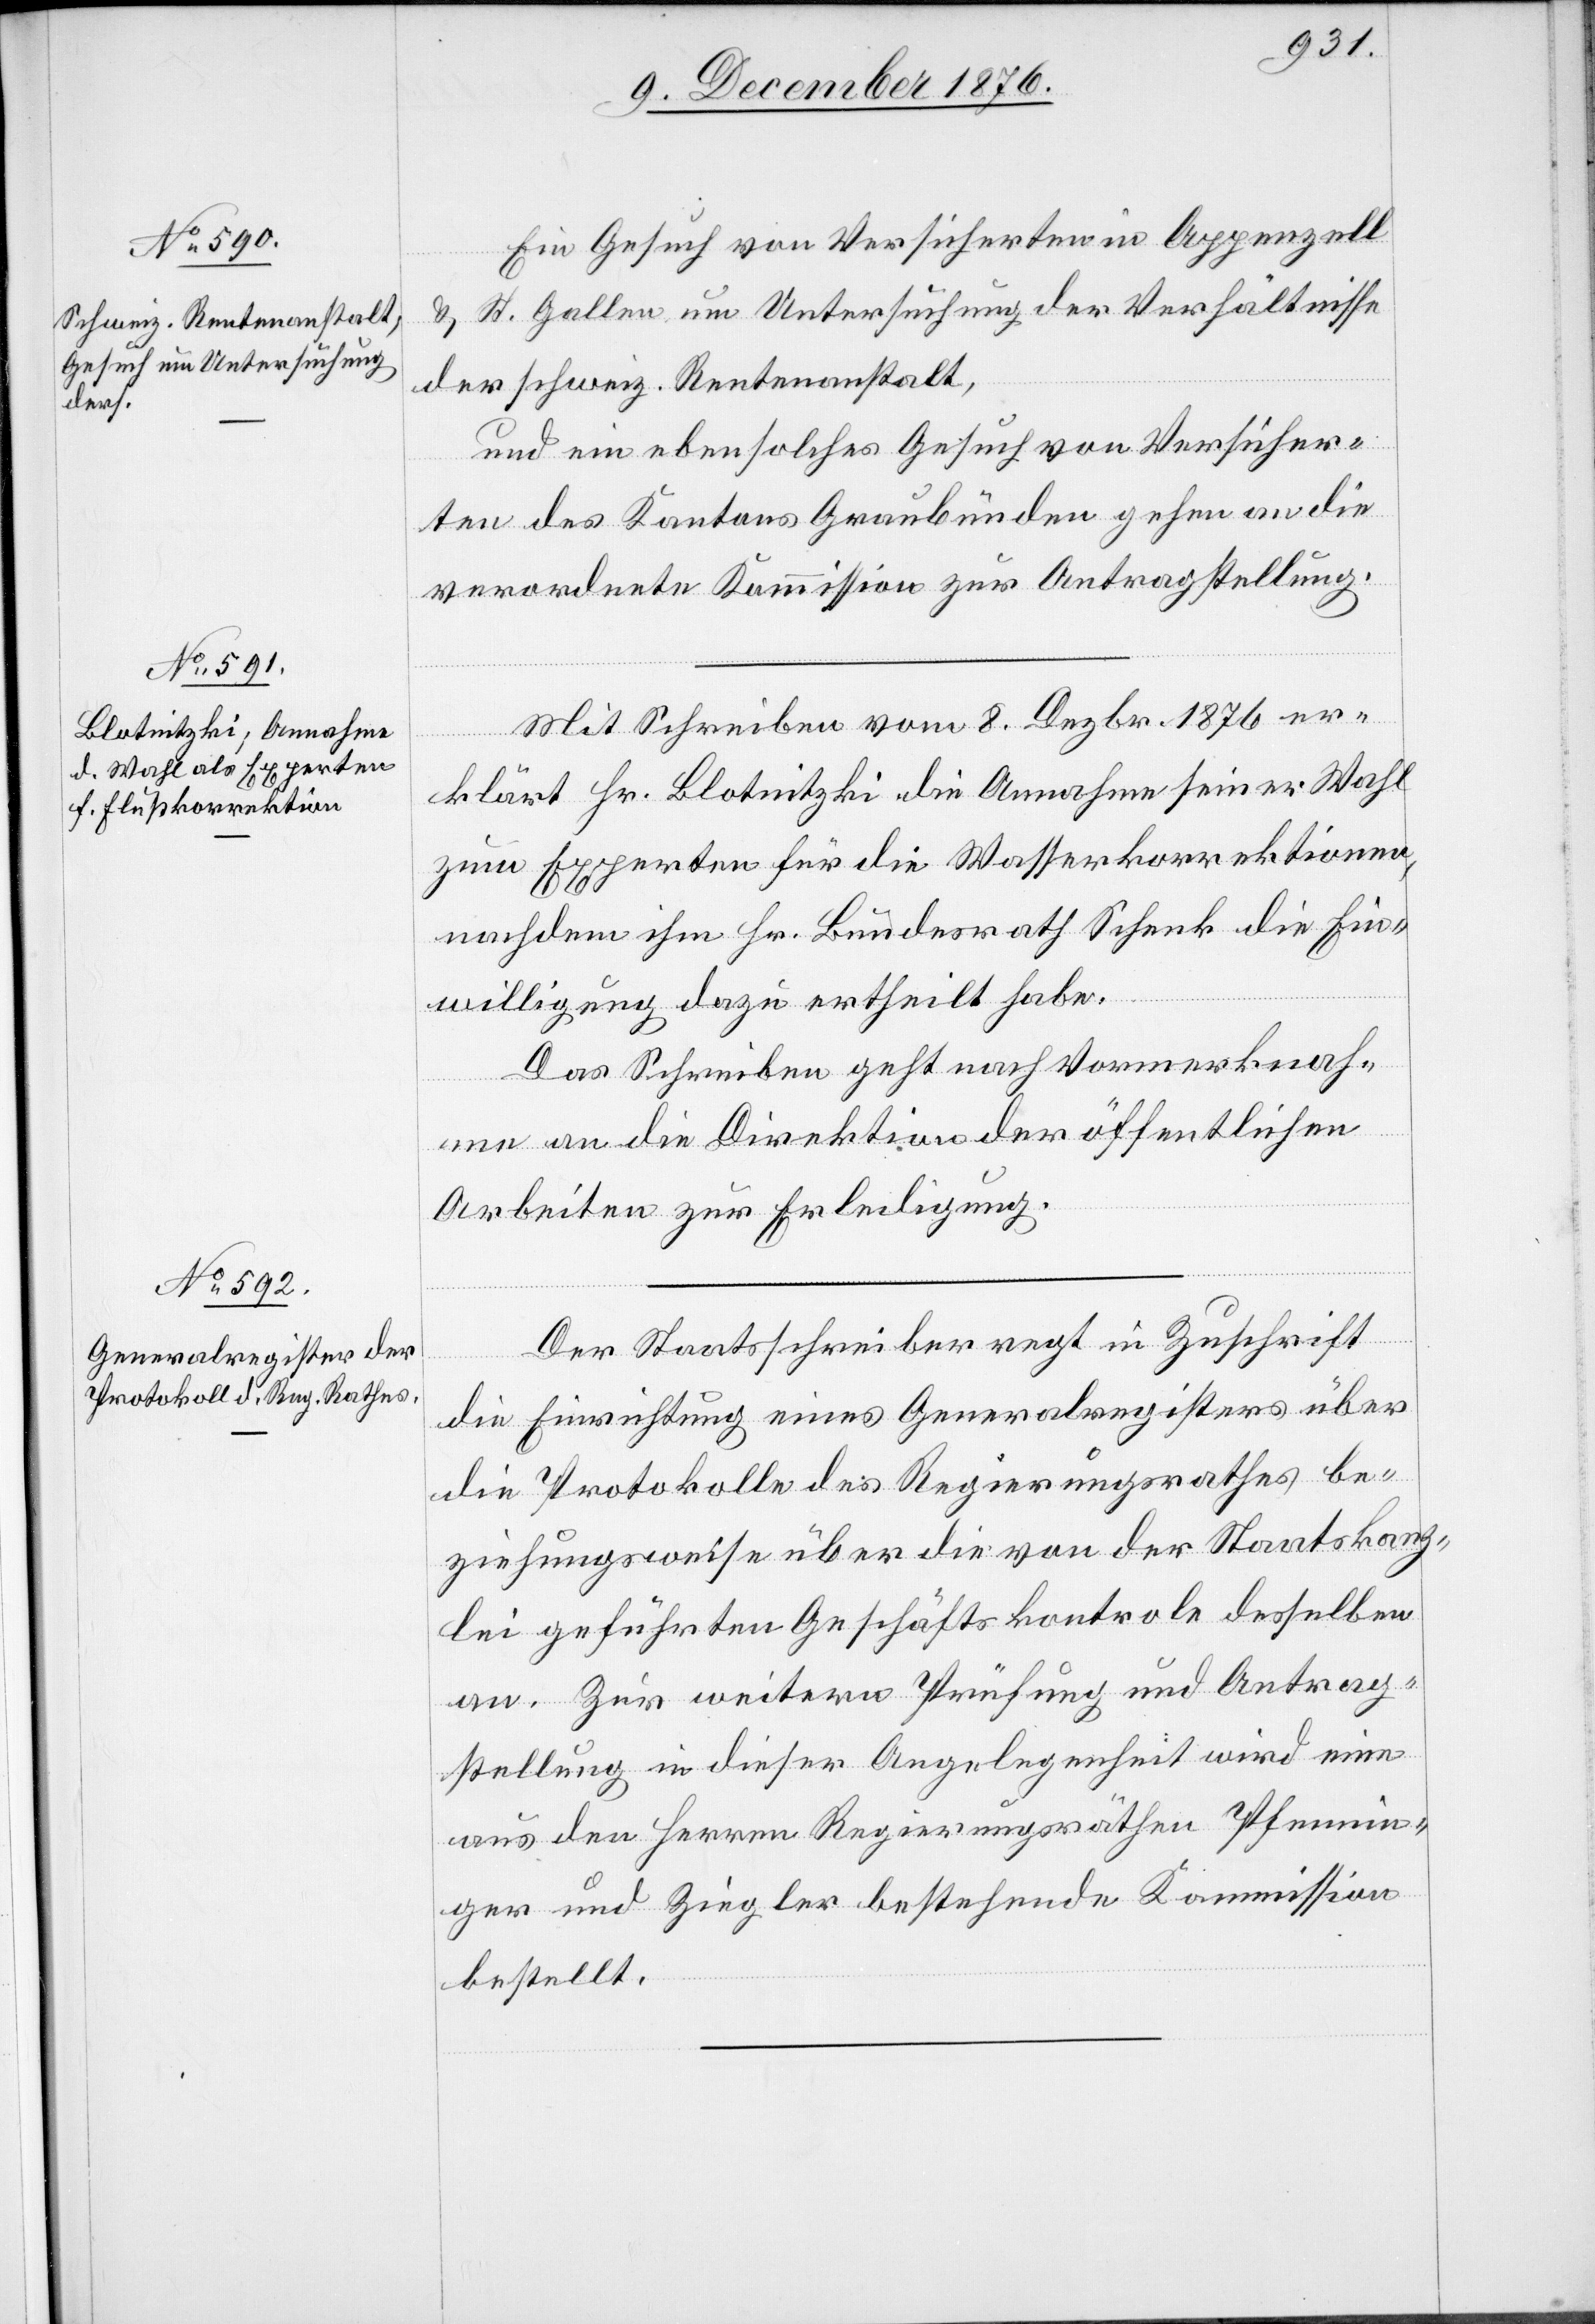
Ein Gesuch von Versicherten in Appenzell
& St. Gallen um Untersuchung der Verhältnisse
der schweiz. Rentenanstalt,
und ein ebensolches Gesuch von Versicher¬
ten des Kantons Graubünden gehen an die
verordnete Kommission zur Antragstellung.
Mit Schreiben vom 8. Dezbr. 1876 er¬
klärt Hr. Blotmitzki die Annahme seiner Wahl
zum Experten für die Wasserkorrektionen,
nachdem ihm Hr. Bundesrath Schenk die Ein¬
willigung dazu ertheilt habe.
Das Schreiben geht nach Vormerknah¬
me an die Direktion der öffentlichen
Arbeiten zur Ertheilung.
Der Staatsschreiber regt in Zuschrift
die Einrichtung eines Generalregisters über
die Protokolle des Regierungsrathes be¬
ziehungsweise über die von der Staatskanz¬
lei geführten Geschäftskontrole desselben
an. Zur weitern Prüfung und Antrag¬
stellung in dieser Angelegenheit wird eine
aus den Herren Regierungsräthen Pfennin¬
ger und Ziegler bestehende Kommission
bestellt.